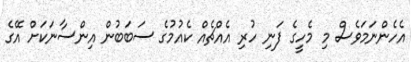
އެހެންނަމަވެސް މި މެހީގެ ފަނި ހުރި އެއްޗެއް ކެއުމުގެ ސަބަބުން އިންސާނަކަށް އޭގެ